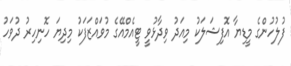
ފުލުހުންގެ މީޑިޔާ އޮފިޝަލަކު މިއަދު ވިދާޅުވީ ޓީއެމްއޭގެ މުވައްޒަފަކު މިދިޔަ ހޮނިހިރު ދުވަހު